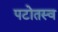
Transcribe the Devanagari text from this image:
पटोतस्व